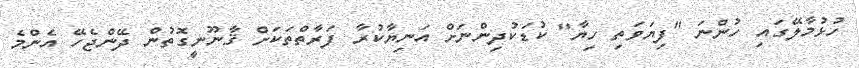
ހުޅުމާލޭގައި ހުންނަ "ފިޔަވަތި ހިޔާ" ކުޑަކުދިންނަށް އަނިޔާކުރާ ފަރާތްތަކަށް ޤާނޫނީގޮތުން ދޭންޖެހޭ އެންމެ